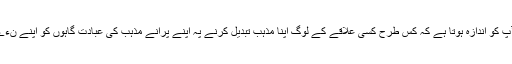
گارنی کا مندر اس لحاظ سے اہم ہے کہ آپ کو اندازہ ہوتا ہے کہ کس طرح کسی علاقے کے لوگ اپنا مذہب تبدیل کرنے پہ اپنے پرانے مذہب کی عبادت گاہوں کو اپنے نءے مذہب کی عمارتوں میں ڈھال لیتے ہیں۔